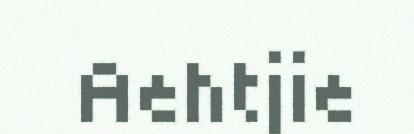
Aehtjie